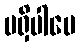
မရှိပါပေ